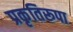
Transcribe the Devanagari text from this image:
प्रकृतिरूपा